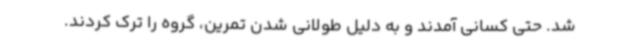
شد. حتی کسانی آمدند و به دلیل طولانی شدن تمرین، گروه را ترک کردند.